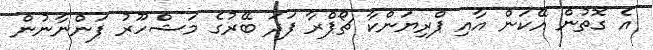
އެ ގޮތުން އޭކަން އާއި ޕްރިޔަންކާ ޗޯޕްރާ ފަދަ ބޭރުގެ މަޝްހޫރު ފަންނާނުން